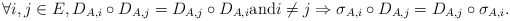
\begin{align*} \forall i, j \in E, D_{A,i} \circ D_{A,j} = D_{A,j} \circ D_{A,i} \mathrm{and} i \neq j \Rightarrow \sigma_{A,i} \circ D_{A,j} = D_{A,j} \circ \sigma_{A,i}.\end{align*}